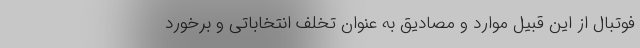
فوتبال از این قبیل موارد و مصادیق به عنوان تخلف انتخاباتی و برخورد